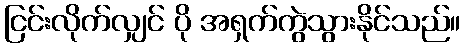
ငြင်းလိုက်လျှင် ပို အရှက်ကွဲသွားနိုင်သည်။